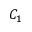
C _ { 1 }